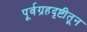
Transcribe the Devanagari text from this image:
पूर्वग्रहदृष्टीतून